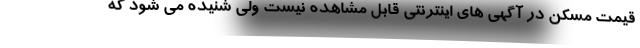
قیمت مسکن در آگهی های اینترنتی قابل مشاهده نیست ولی شنیده می شود که